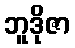
ဘူဒိုဇာ